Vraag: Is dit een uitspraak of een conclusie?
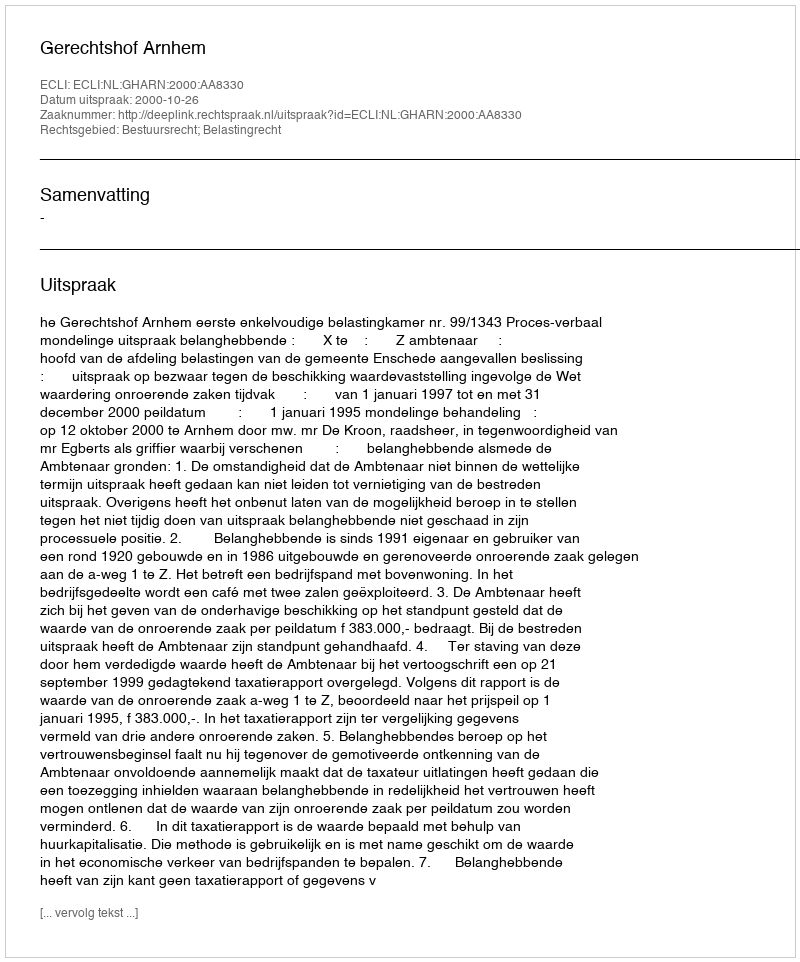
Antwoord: Uitspraak